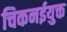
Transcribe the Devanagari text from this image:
चिकनईयुक्त